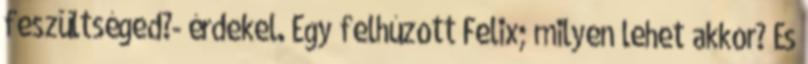
feszültséged?- érdekel. Egy felhúzott Felix; milyen lehet akkor? És